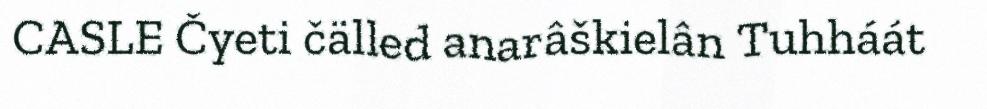
CASLE Čyeti čälled anarâškielân Tuhháát